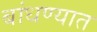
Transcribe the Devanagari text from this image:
बांधण्‍यात